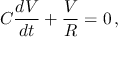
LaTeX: C { \frac { d V } { d t } } + { \frac { V } { R } } = 0 \, ,